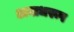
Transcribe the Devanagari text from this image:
अबाधरूप